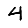
Digit: 4